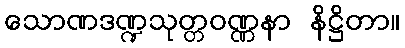
သောဏဒဏ္ဍသုတ္တဝဏ္ဏနာ နိဋ္ဌိတာ။